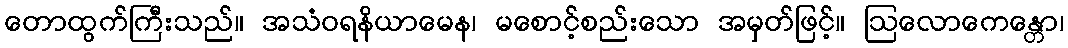
တောထွက်ကြီးသည်။ အသံဝရနိယာမေန၊ မစောင့်စည်းသော အမှတ်ဖြင့်။ ဩလောကေန္တော၊